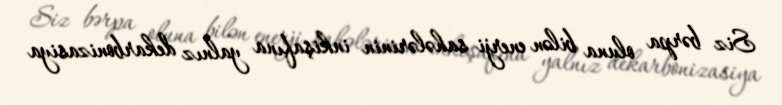
Siz bərpa oluna bilən enerji sahələrinin inkişafına yalnız dekarbonizasiya